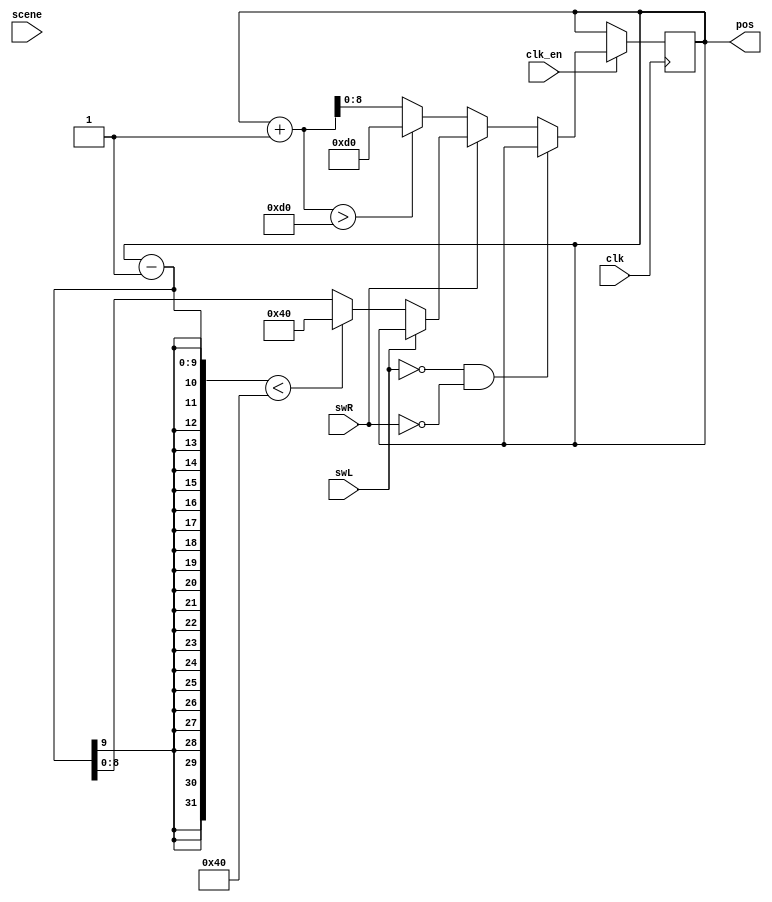
module player(
	      input 	   clk,
	      input 	   clk_en,
	      input 	   swL,
	      input 	   swR, 
	      input [1:0]  scene,
	      output [8:0] pos
	      );

   reg 			   switchs_p[0:2];//Left,Right,fire
   reg [8:0] 		   pos_reg=150;
      
   always@(posedge clk)
     begin
	if(clk_en)//clk/700000
	  begin
	     switchs_p[0]<=swL;
	     switchs_p[1]<=swR;
	     if(~(~swL & ~swR))
	       begin
		  if(!swL)
		    begin
		       if(pos_reg-1<64)pos_reg<=64;
		       else pos_reg<=pos_reg-1;
		    end
		  if(!swR)
		    begin
		       if(pos_reg+1>208)pos_reg<=208;
		       else pos_reg<=pos_reg+1;
		    end
	       end // if (~(swL & ~swR))
	  end // if (clk_en)
     end // always@ (posedge clk)
   
   assign pos=pos_reg;

endmodule // player